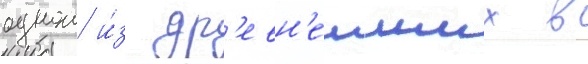
однои и́з др'евн'еиших в